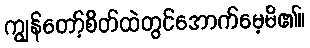
ကျွန်တော့်စိတ်ထဲတွင်အောက်မေ့မိ၏။